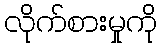
လိုက်စားမှုကို